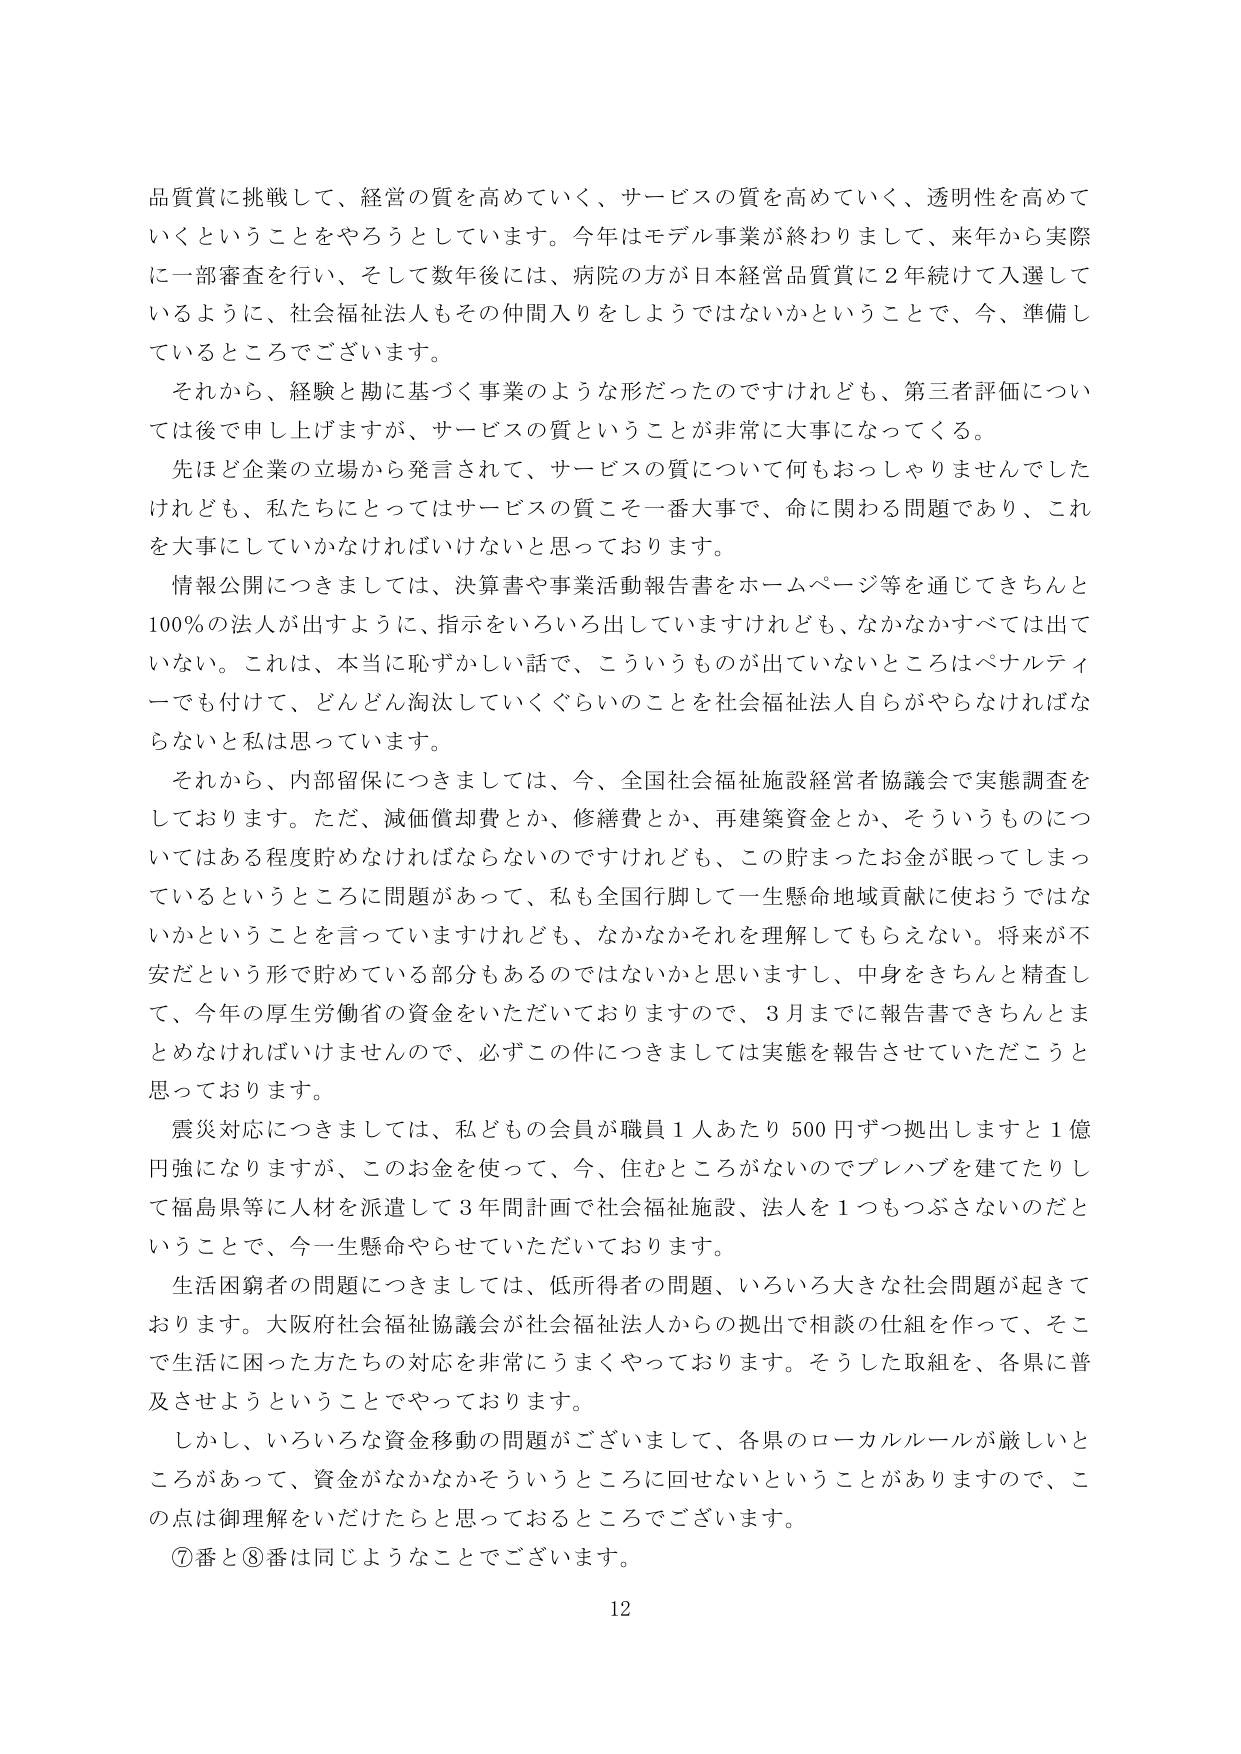
品質賞に挑戦して、経営の質を高めていく、サービスの質を高めていく、透明性を高めていくということをやろうとしています。今年はモデル事業が終わりまして、来年から実際に一部審査を行い、そして数年後には、病院の方が日本経営品質賞に2年続けて入選しているように、社会福祉法人もその仲間入りをしようではないかということで、今、準備しているところでございます。

それから、経験と勘に基づく事業のような形だったのですけれども、第三者評価については後で申し上げますが、サービスの質ということが非常に大事になってくる。

先ほど企業の立場から発言されて、サービスの質について何もおっしゃりませんでしたけれども、私たちにとってはサービスの質こそ一番大事で、命に関わる問題であり、これを大事にしていかなければならないと思っております。

情報公開につきましては、決算書や事業活動報告書をホームページ等を通じてきちんと100％の法人が出すように、指示をいろいろ出していますけれども、なかなかすべては出ていない。これは、本当に恥ずかしい話で、こういうものが出ていないところはペナルティでも付けて、どんどん淘汰していくぐらいのことを社会福祉法人自らがやらなければならないと私は思っています。

それから、内部留保につきましては、今、全国社会福祉施設経営者協議会で実態調査をしております。ただ、減価償却費とか、修繕費とか、再建築資金とか、そういうものについてはある程度貯めなければならないのですけれども、この貯まったお金が眠ってしまっているというところに問題があって、私も全国行脚して一生懸命地域貢献に使おうではないかということを言っていますけれども、なかなかそれを理解してもらえない。将来が不安だという形で貯めている部分もあるのではないかと思いますし、中身をきちんと精査して、今年の厚生労働省の資金をいただいておりますので、3月までに報告書できちんとまとめなければいけませんので、必ずこの件につきましては実態を報告させていただこうと思っております。

震災対応につきましては、私どもの会員が職員1人あたり500円ずつ拠出しますと1億円強になりますが、このお金を使って、今、住むところがないのでプレハブを建てたりして福島県等に人材を派遣して3年間計画で社会福祉施設、法人を1つもつぶさないのだということで、今一生懸命やらせていただいております。

生活困窮者の問題につきましては、低所得者の問題、いろいろ大きな社会問題が起きております。大阪府社会福祉協議会が社会福祉法人からの拠出で相談の仕組を作って、そこで生活に困った方たちの対応を非常にうまくやっております。そうした取組を、各県に普及させようということでやっております。

しかし、いろいろな資金移動の問題がございまして、各県のローカルルールが厳しいところがあって、資金がなかなかそういうところに回せないということがありますので、この点は御理解をいただけたらと思っておるところでございます。

⑦番と⑧番は同じようなことでございます。

12